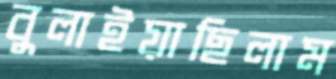
বুলাইয়াছিলাম